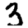
Digit: 3